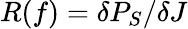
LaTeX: R(f)=\delta P_{S}/\delta J